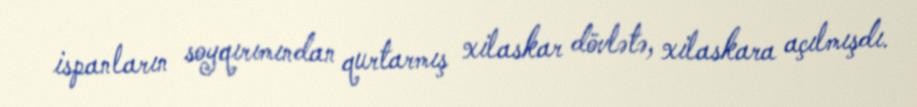
ispanların soyqırımından qurtarmış xilaskar dövlətə, xilaskara açılmışdı.